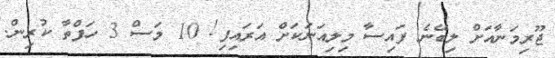
ޖޫރިމަނާއަށް ލިބޭނެ ފައިސާ މިލިއަނަކަށް އަރައިފި! 10 މަސް 3 ހަފްތާ ކުރިން.